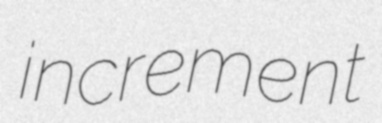
increment